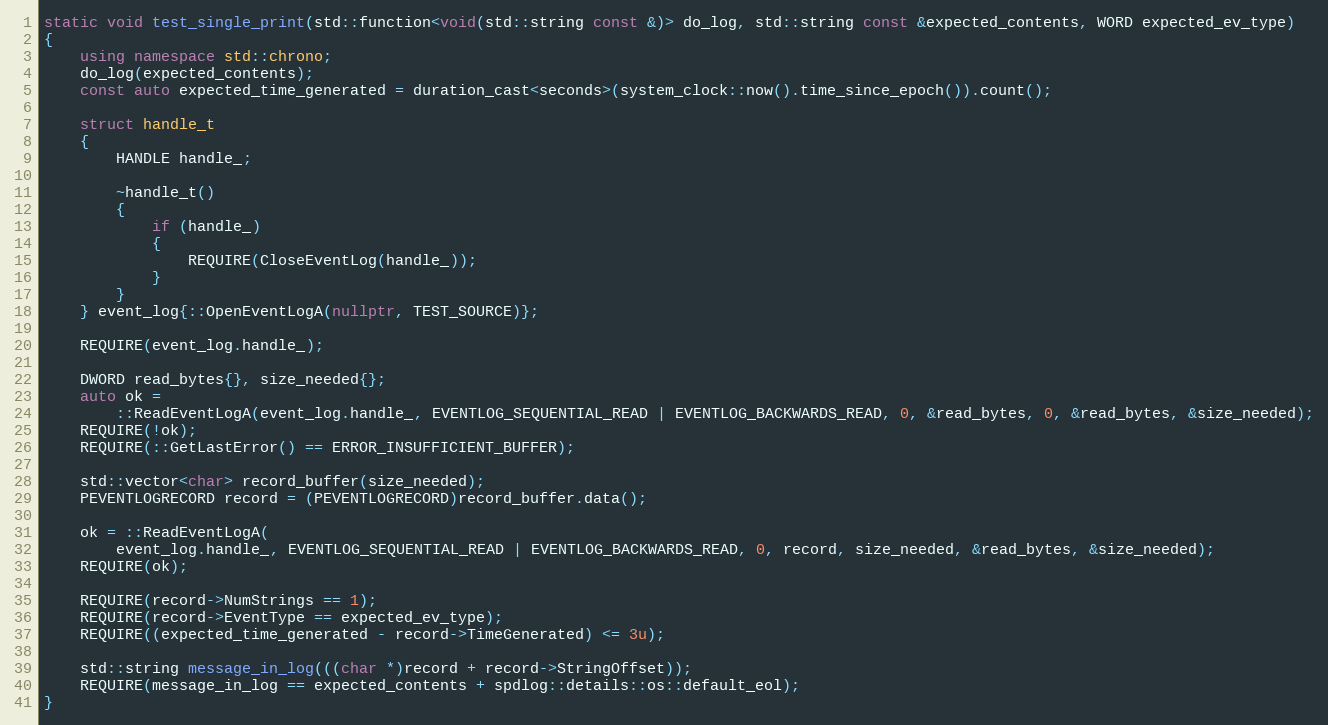
Language: C++
static void test_single_print(std::function<void(std::string const &)> do_log, std::string const &expected_contents, WORD expected_ev_type)
{
    using namespace std::chrono;
    do_log(expected_contents);
    const auto expected_time_generated = duration_cast<seconds>(system_clock::now().time_since_epoch()).count();

    struct handle_t
    {
        HANDLE handle_;

        ~handle_t()
        {
            if (handle_)
            {
                REQUIRE(CloseEventLog(handle_));
            }
        }
    } event_log{::OpenEventLogA(nullptr, TEST_SOURCE)};

    REQUIRE(event_log.handle_);

    DWORD read_bytes{}, size_needed{};
    auto ok =
        ::ReadEventLogA(event_log.handle_, EVENTLOG_SEQUENTIAL_READ | EVENTLOG_BACKWARDS_READ, 0, &read_bytes, 0, &read_bytes, &size_needed);
    REQUIRE(!ok);
    REQUIRE(::GetLastError() == ERROR_INSUFFICIENT_BUFFER);

    std::vector<char> record_buffer(size_needed);
    PEVENTLOGRECORD record = (PEVENTLOGRECORD)record_buffer.data();

    ok = ::ReadEventLogA(
        event_log.handle_, EVENTLOG_SEQUENTIAL_READ | EVENTLOG_BACKWARDS_READ, 0, record, size_needed, &read_bytes, &size_needed);
    REQUIRE(ok);

    REQUIRE(record->NumStrings == 1);
    REQUIRE(record->EventType == expected_ev_type);
    REQUIRE((expected_time_generated - record->TimeGenerated) <= 3u);

    std::string message_in_log(((char *)record + record->StringOffset));
    REQUIRE(message_in_log == expected_contents + spdlog::details::os::default_eol);
}